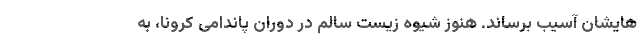
هایشان آسیب برساند. هنوز شیوه زیست سالم در دوران پاندامی کرونا، به